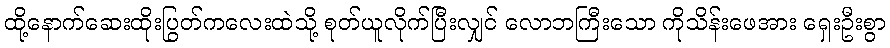
ထို့နောက်ဆေးထိုးပြွတ်ကလေးထဲသို့ စုတ်ယူလိုက်ပြီးလျှင် လောဘကြီးသော ကိုသိန်းဖေအား ရှေးဦးစွာ